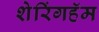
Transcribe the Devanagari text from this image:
शेरिंगहॅम